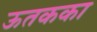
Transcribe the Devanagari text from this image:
ऊतकका